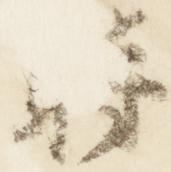
時